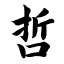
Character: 哲